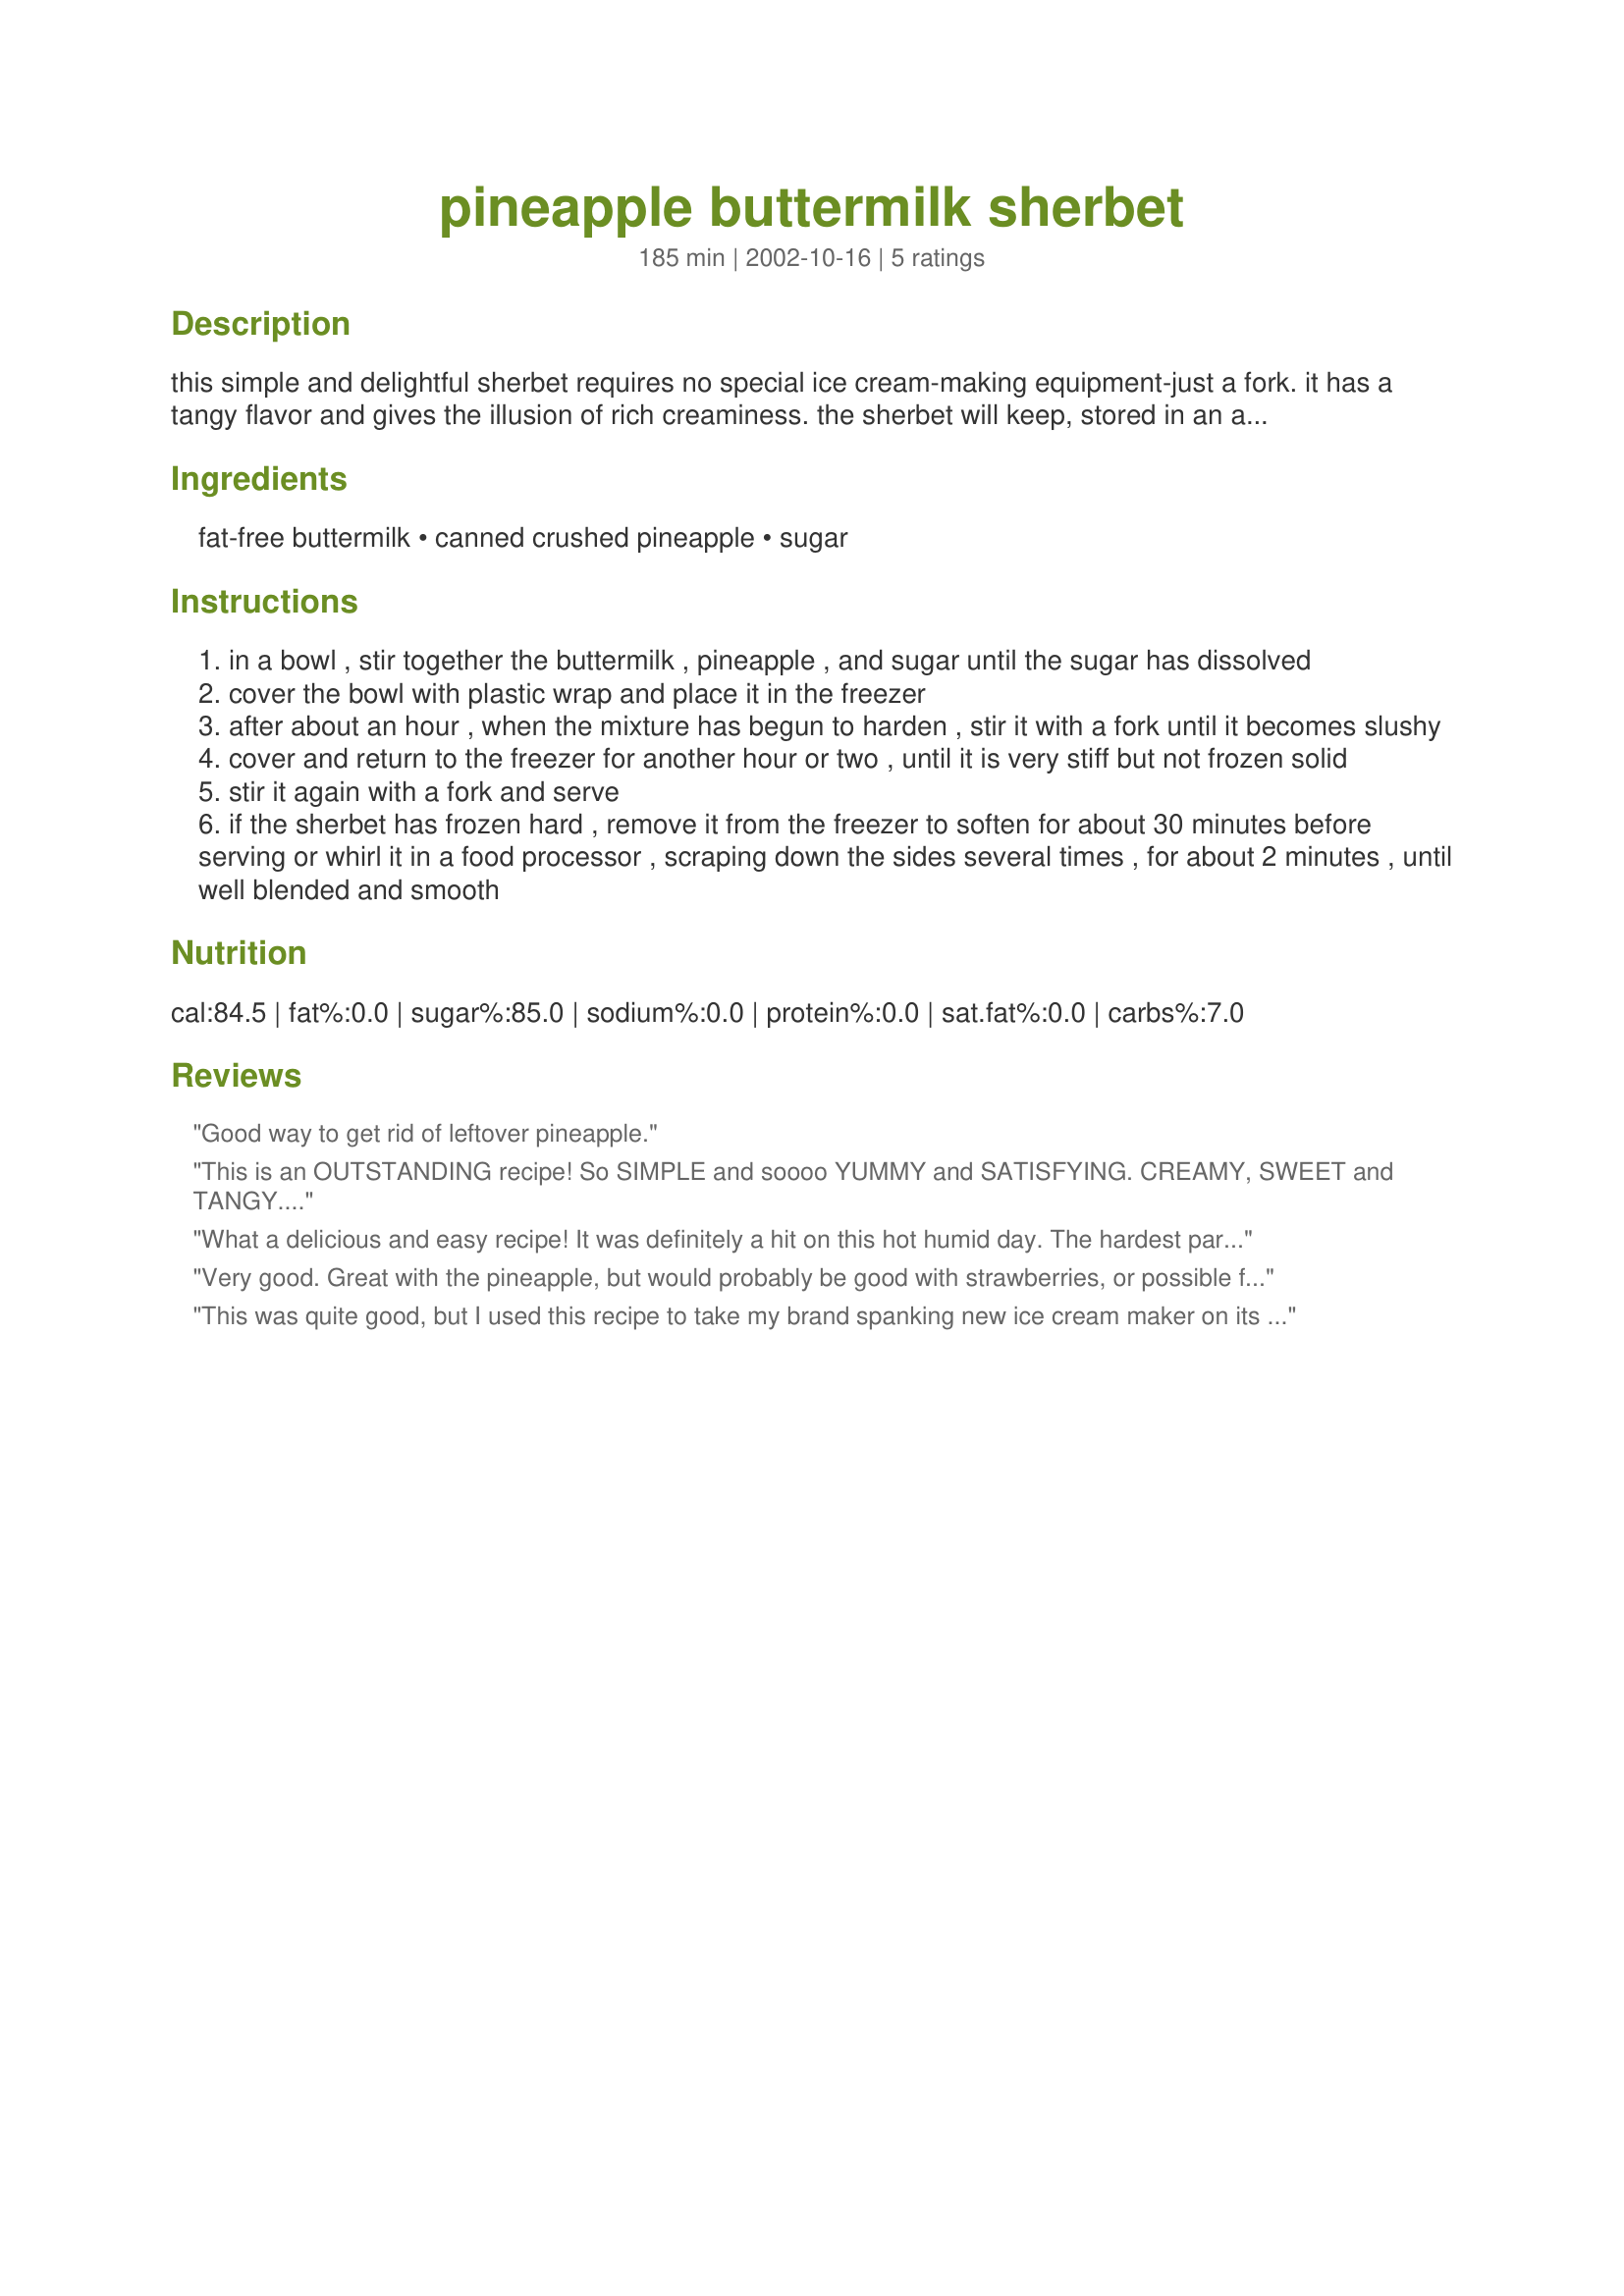
pineapple buttermilk sherbet
Preparation time: 185 minutes

this simple and delightful sherbet requires no special ice cream-making equipment-just a fork. it has a tangy flavor and gives the illusion of rich creaminess. the sherbet will keep, stored in an airtight container in the freezer, for 1 to 2 weeks. cook time is freezing time.

Ingredients:
fat-free buttermilk, canned crushed pineapple, sugar

Steps:
in a bowl , stir together the buttermilk , pineapple , and sugar until the sugar has dissolved
cover the bowl with plastic wrap and place it in the freezer
after about an hour , when the mixture has begun to harden , stir it with a fork until it becomes slushy
cover and return to the freezer for another hour or two , until it is very stiff but not frozen solid
stir it again with a fork and serve
if the sherbet has frozen hard , remove it from the freezer to soften for about 30 minutes before serving or whirl it in a food processor , scraping down the sides several times , for about 2 minutes , until well blended and smooth

Reviews:
Good way to get rid of leftover pineapple.
This is an OUTSTANDING recipe! So SIMPLE and soooo YUMMY and SATISFYING. CREAMY, SWEET and TANGY. I made 2 servings with 2 percent buttermilk, an 8oz can of crushed pineapple, and 8T of Splenda granular. I put it in a small plastic tupperware and it didn't take long at all. We enjoyed this with an Indian theme meal. I also ate it with some cookies I had baked the same night and they were reallly good with it: my recipe#257479. I don't think any other fruit would be as good as pineapple in this. Made for Beverage Tag.
What a delicious and easy recipe! It was definitely a hit on this hot humid day. The hardest part is waiting till it freezes. But after tasting it, I found a way to beat the wait for next time, just puree it all in a blender and enjoy it as a delicious smoothee!

I used fat free buttermilk and only 1/3 cup sugar because the canned pineapple I used was in heavy syrup. It was just right, sweet enough, but with a little tang from the buttermilk! Thanks for a keeper Sharon123!
Very good. Great with the pineapple, but would probably be good with strawberries, or possible frozen raspberries. I transfered it to a 9X11 pan because it wasn't setting up in the bowl. Also, I used Spenda in place of the sugar.
This was quite good, but I used this recipe to take my brand spanking new ice cream maker on its maiden voyage. I used pureed fresh pineapple, instead of canned, and the result was too sweet. I added 1 Tsp of sour salt (citric acid) to compensate for the sweetness, though you could use fresh lime juice. This was good enough, that I'm going to make it again with the other half of my pineapple as soon as the ice cream maker refreezes!
